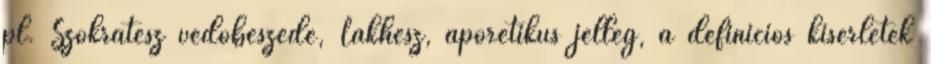
pl. Szókratész védőbeszéde, Lakhész, aporetikus jelleg, a definíciós kísérletek